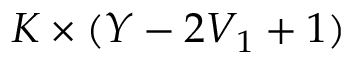
K \times ( Y - 2 V _ { 1 } + 1 )